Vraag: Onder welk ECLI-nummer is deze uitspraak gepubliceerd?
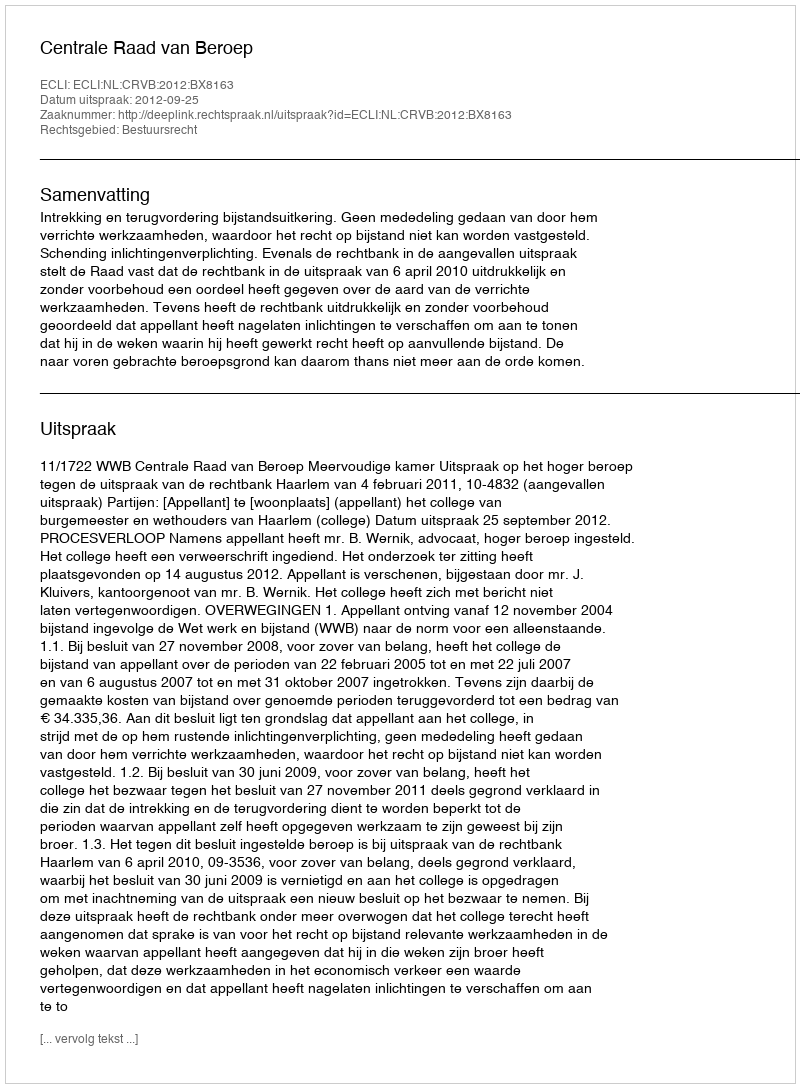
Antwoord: ECLI:NL:CRVB:2012:BX8163